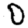
Digit: 0